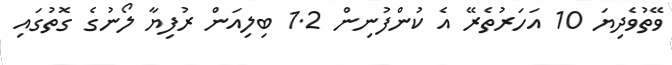
ވޭތުވެދިޔަ 10 އަހަރުތެރޭ އެ ކުންފުނިން 1.2 ބިލިއަން ރުފިޔާ ލޯނުގެ ގޮތުގައި